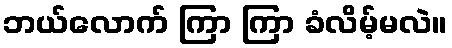
ဘယ်လောက် ကြာ ကြာ ခံလိမ့်မလဲ။